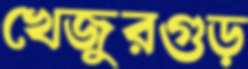
খেজুরগুড়